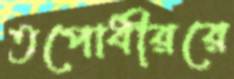
তপোধীররে